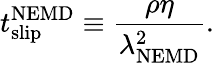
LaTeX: t_{\mathrm{slip}}^{\mathrm{NEMD}}\equiv\frac{\rho\eta}{\lambda_{\mathrm{NEMD}}^{2}}.